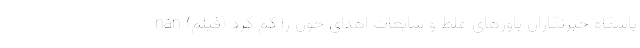
باشگاه خبرنگاران باورهای غلط و شایعات اهدای خون را کم کرد (فیلم) nan